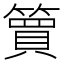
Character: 簤